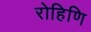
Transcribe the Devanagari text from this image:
रोहिणि